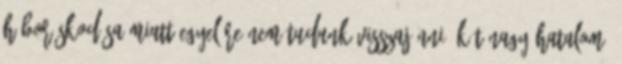
háborúskodása miatt egyelőre nem tudunk visszajönni. Két nagy hatalom: